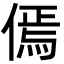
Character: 傿